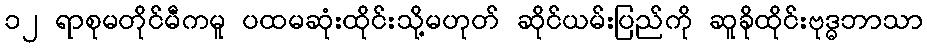
၁၂ ရာစုမတိုင်မီကမူ ပထမဆုံးထိုင်းသို့မဟုတ် ဆိုင်ယမ်းပြည်ကို ဆူခိုထိုင်းဗုဒ္ဓဘာသာ